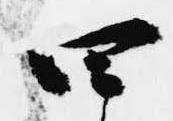
四